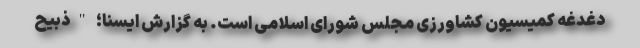
دغدغه کمیسیون کشاورزی مجلس شورای اسلامی است. به گزارش ایسنا؛ "ذبیح